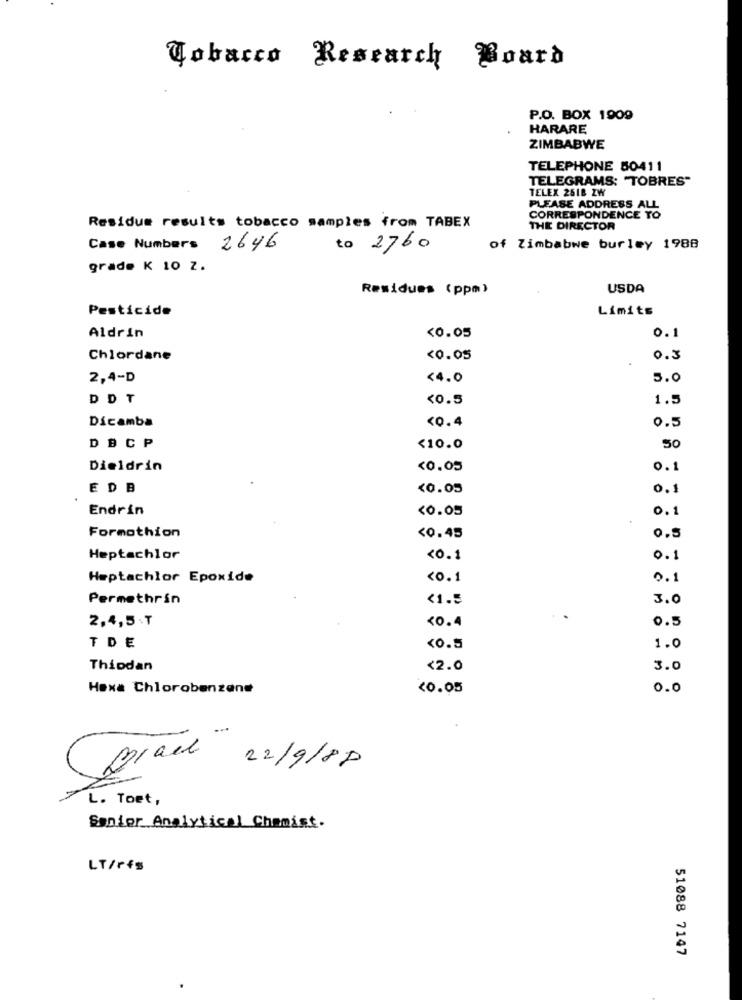
Tobacco Research Board
P.O. BOX 1909
HARARE
ZIMBABWE
TELEPHONE 50411
TELEGRAMS: "TOBRES"
TELEX 2518 ZW
PLEASE ADDRESS ALL
CORRESPONDENCE TO
Residue results tobacco samples from TABEX
THE DIRECTOR
Case Numbers 2646
to 2760
of Zimbabwe burley 1988
grade K 10 Z.
Residues (ppm)
USDA
Pesticide
Limits
Aldrin
<0.05
0.1
Chlordane
<0.05
0.3
2,4-D
<4.0
5.0
DDT
<0.5
1.5
Dicamba
<0.4
0.5
DBCP
<10.0
50
Dieldrin
<0.05
0.1
EDB
<0.05
0.1
Endrin
<0.05
0.1
Formothion
<0.45
0.5
Heptachlor
<0.1
0.1
Heptachlor Epoxide
<0.1
0.1
Permethrin
<1.5
3.0
2,4,5 ₸
<0.4
0.5
TDE
<0.5
1.0
Thiodan
<2.0
3.0
Hexa Chlorobenzene
<0.05
0.0
Drack 22/9/88
L. Toet,
Senior Analytical Chamist.
LT/rfs
51088 7147